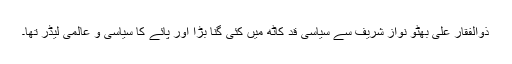
ذوالفقار علی بھٹو نواز شریف سے سیاسی قد کاٹھ میں کئی گنا بڑا اور پائے کا سیاسی و عالمی لیڈر تھا۔